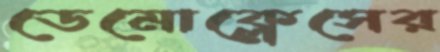
ডেমোক্লেসের